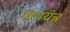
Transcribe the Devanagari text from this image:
तापयंत्र